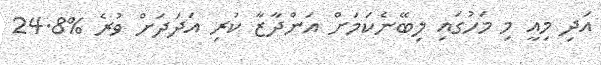
އަދި މިއީ މި މަހުގައި ލިބޭނެކަމަށް އަންދާޒާ ކުރި އަދަދަށް ވުރެ %24.8